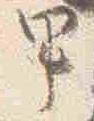
甲